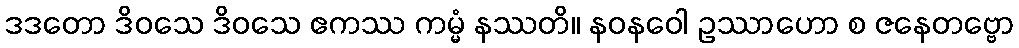
ဒဒတော ဒိဝသေ ဒိဝသေ ဧကဿ ကမ္မံ နဿတိ။ နဝနဝေါ ဥဿာဟော စ ဇနေတဗ္ဗော